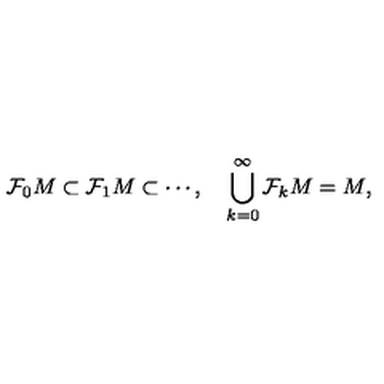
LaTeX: \mathcal { F } _ { 0 } M \subset \mathcal { F } _ { 1 } M \subset \cdots , \quad \bigcup _ { k = 0 } ^ { \infty } \mathcal { F } _ { k } M = M ,